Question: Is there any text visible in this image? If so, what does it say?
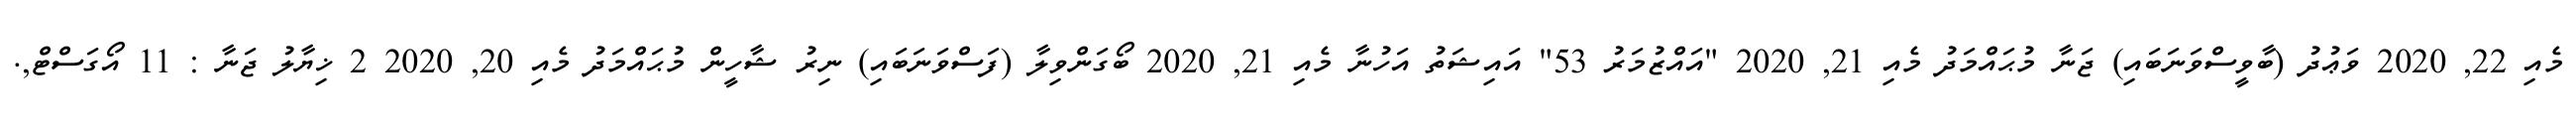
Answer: މެއި 22, 2020 ވަޢުދު (ބާވީސްވަނަބައި) ޖަނާ މުޙައްމަދު މެއި 21, 2020 "އައްޒުމަރު 53" އައިޝަތު އަހުނާ މެއި 21, 2020 ބޯގަންވިލާ (ފަސްވަނަބައި) ނިރު ޝާހީން މުޙައްމަދު މެއި 20, 2020 2 ޚިޔާލު ޖަނާ : 11 އޯގަސްޓް,.